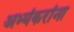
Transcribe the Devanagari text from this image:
अभ्यंकरांना